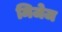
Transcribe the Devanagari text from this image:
मिजेज